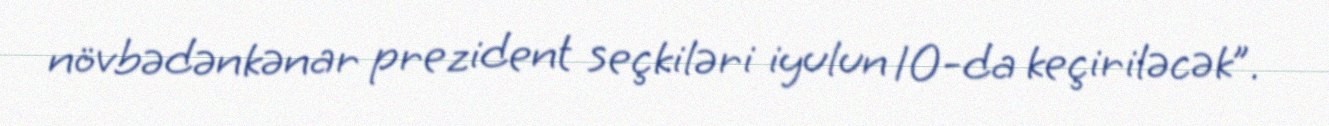
növbədənkənar prezident seçkiləri iyulun 10-da keçiriləcək”.